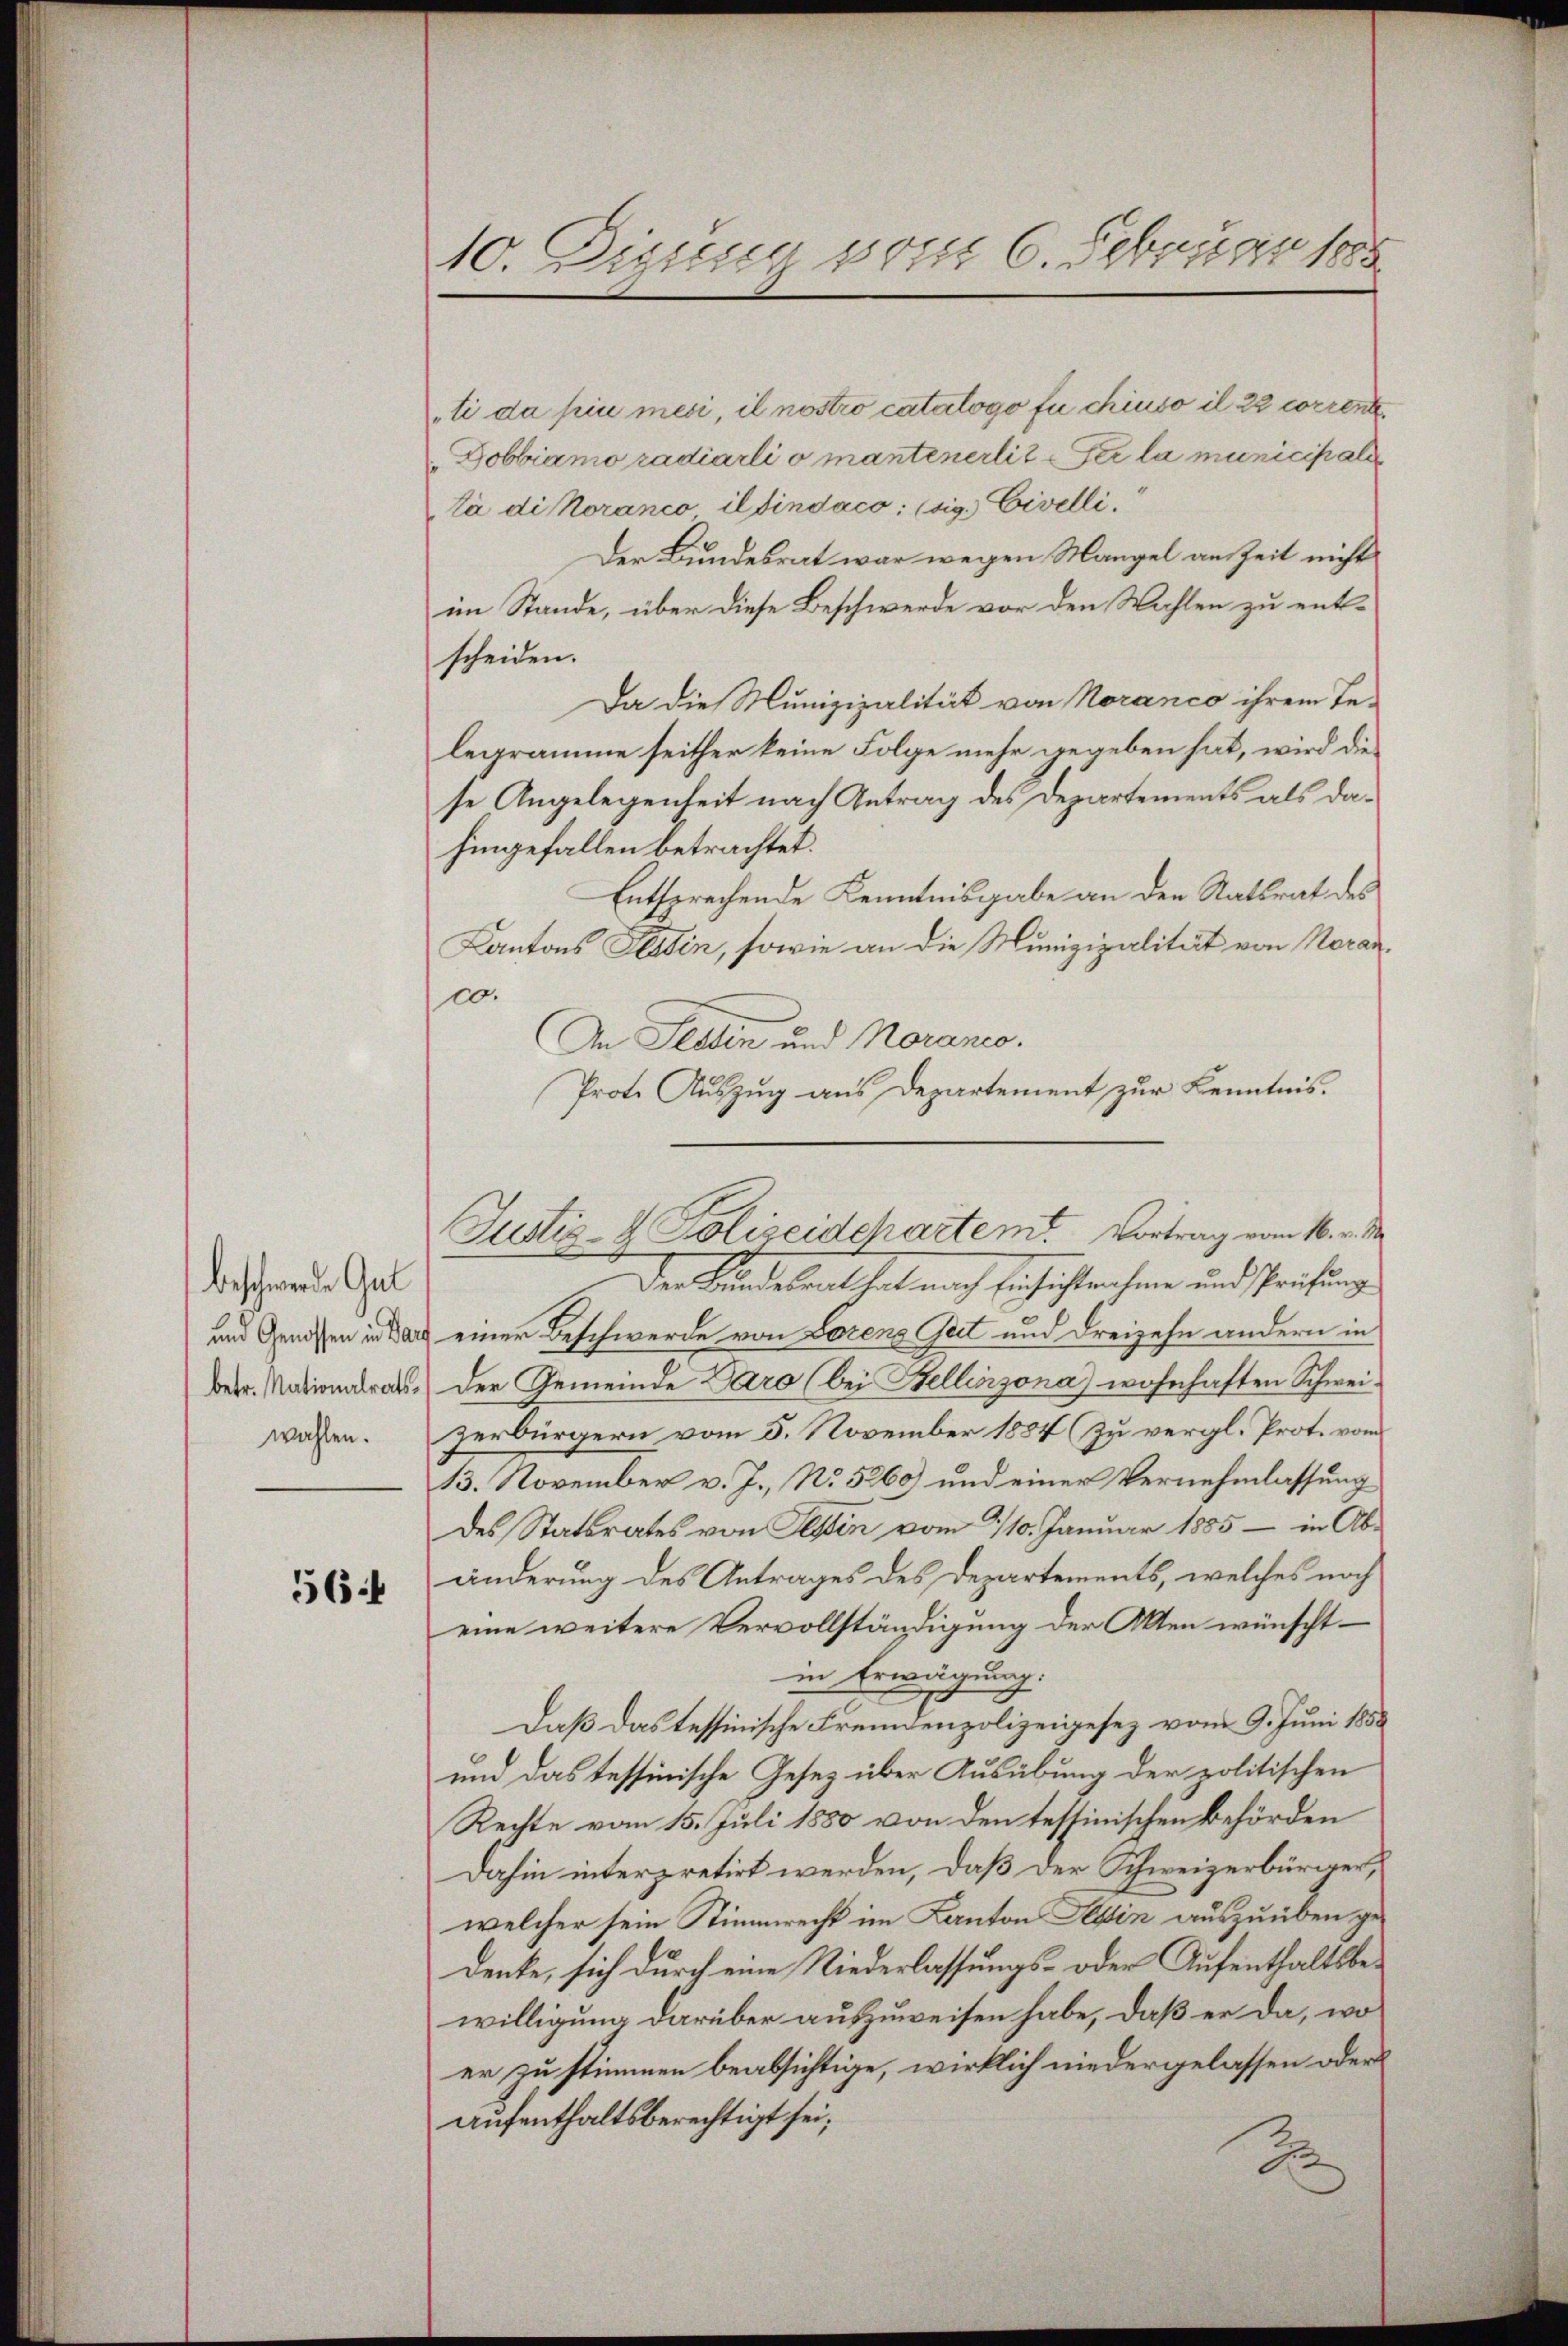
beschwerden Gal
wahlen.

564

10. Dissenen vom 6. Februar 1885

ti da pii mesi, il nostro catalogo fu chiuso il 22 corrente
Dobbiamo radiarli o mantenerlit der la municipale
tà di oranco il sindaco: (sig. Civelli
Der Bundesrat war wegen Mangel an Zeit nicht
im Stande, über diese Beschwerde vor den Wahlen zu entscheiden.
Da die Munizipalität von Noranco ihrem Te-
legramme seither keine Folge mehr gegeben hat, wird die
se Angelegenheit nach Antrag des Departements als dahingefallen betrachtet.
Entsprechende Kenntnisgabe an den Ratsrat des
Kantons Tessin, sowie an die Munizipalität von Neranc.
An Stadin und Norancs.
Der Kindesrat hat nach Einsichtnahme und Prüfung
und Genossen in darf einer Beschwerde von Lorene Gut und Freizehn andern in
betr. Nationalrat. Der Gemeinde Paro (bei Bellinzona wohnhaften Schweizerbürgern vom 5. November 1884 (zu vergl. Prot. vom
13. November v. J., No 5260) und einer Vernehmlassung
des Statsrates von Tessin vom 3/10. Januar 1885 - in Abänderung des Antrages des Departements, welches noch
eine weitere Vervollständigung der Akten wünscht –
in Erwägung.
Daß das tessinische Fremdenpolizeigesez vom 9. Juni 1858
und das tessinische Gesetz über Ausübung der politischen
Rechte vom 15. Juli 1880 von den tessinischen Behörden
Dahin interpretirt werden, daß der Schweizerbürger,
welcher sein Stimmrecht im Kanton Tessin auszuüben gedenke, sich durch eine Niederlassungs- oder Aufenthaltsbewilligung darüber auszuweisen habe, daß er da, wo
er zu stimmen beabsichtige, wirklich niedergelassen oder
aufenthaltsberechtigt sei,
2

Prote Auszug aus Departement zur Kenntnis.
Justiz- & Polizeidchartem Vortrag vom 16. v. M.